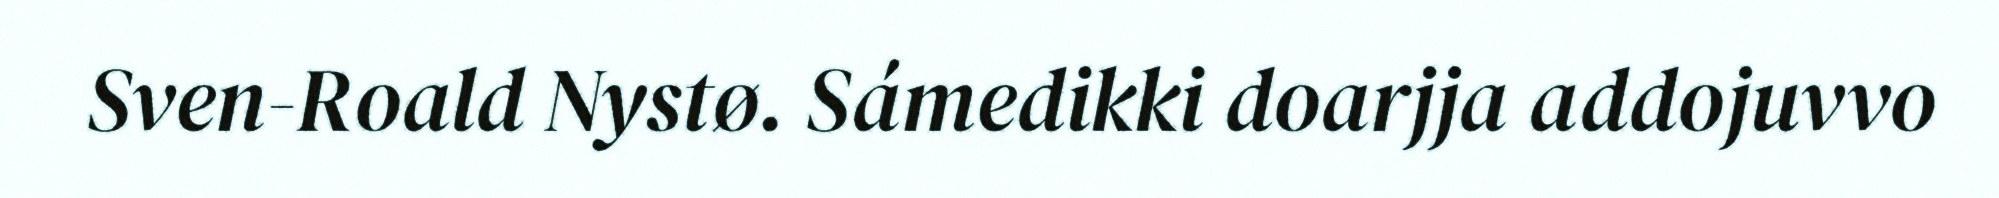
Sven-Roald Nystø. Sámedikki doarjja addojuvvo